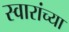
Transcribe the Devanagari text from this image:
स्वारांच्या